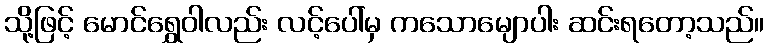
သို့ဖြင့် မောင်ရွှေဝါလည်း လင့်ပေါ်မှ ကသောမျောပါး ဆင်းရတော့သည်။